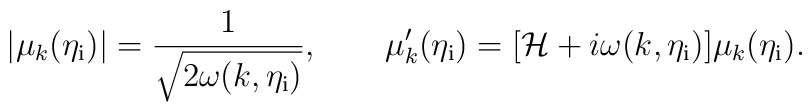
|\mu_k(\eta_{\rm i})|=\frac{1}{\sqrt{2\omega(k,\eta_{\rm i})}},\qquad\mu_k'(\eta_{\rm i})=[{\cal H}+i\omega(k,\eta_{\rm i})]\mu_k(\eta_{\rm i}).